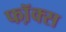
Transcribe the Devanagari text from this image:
फॉ़क्स